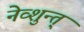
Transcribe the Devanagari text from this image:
नेव्शुन्त्